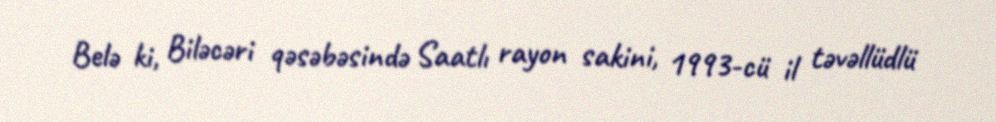
Belə ki, Biləcəri qəsəbəsində Saatlı rayon sakini, 1993-cü il təvəllüdlü